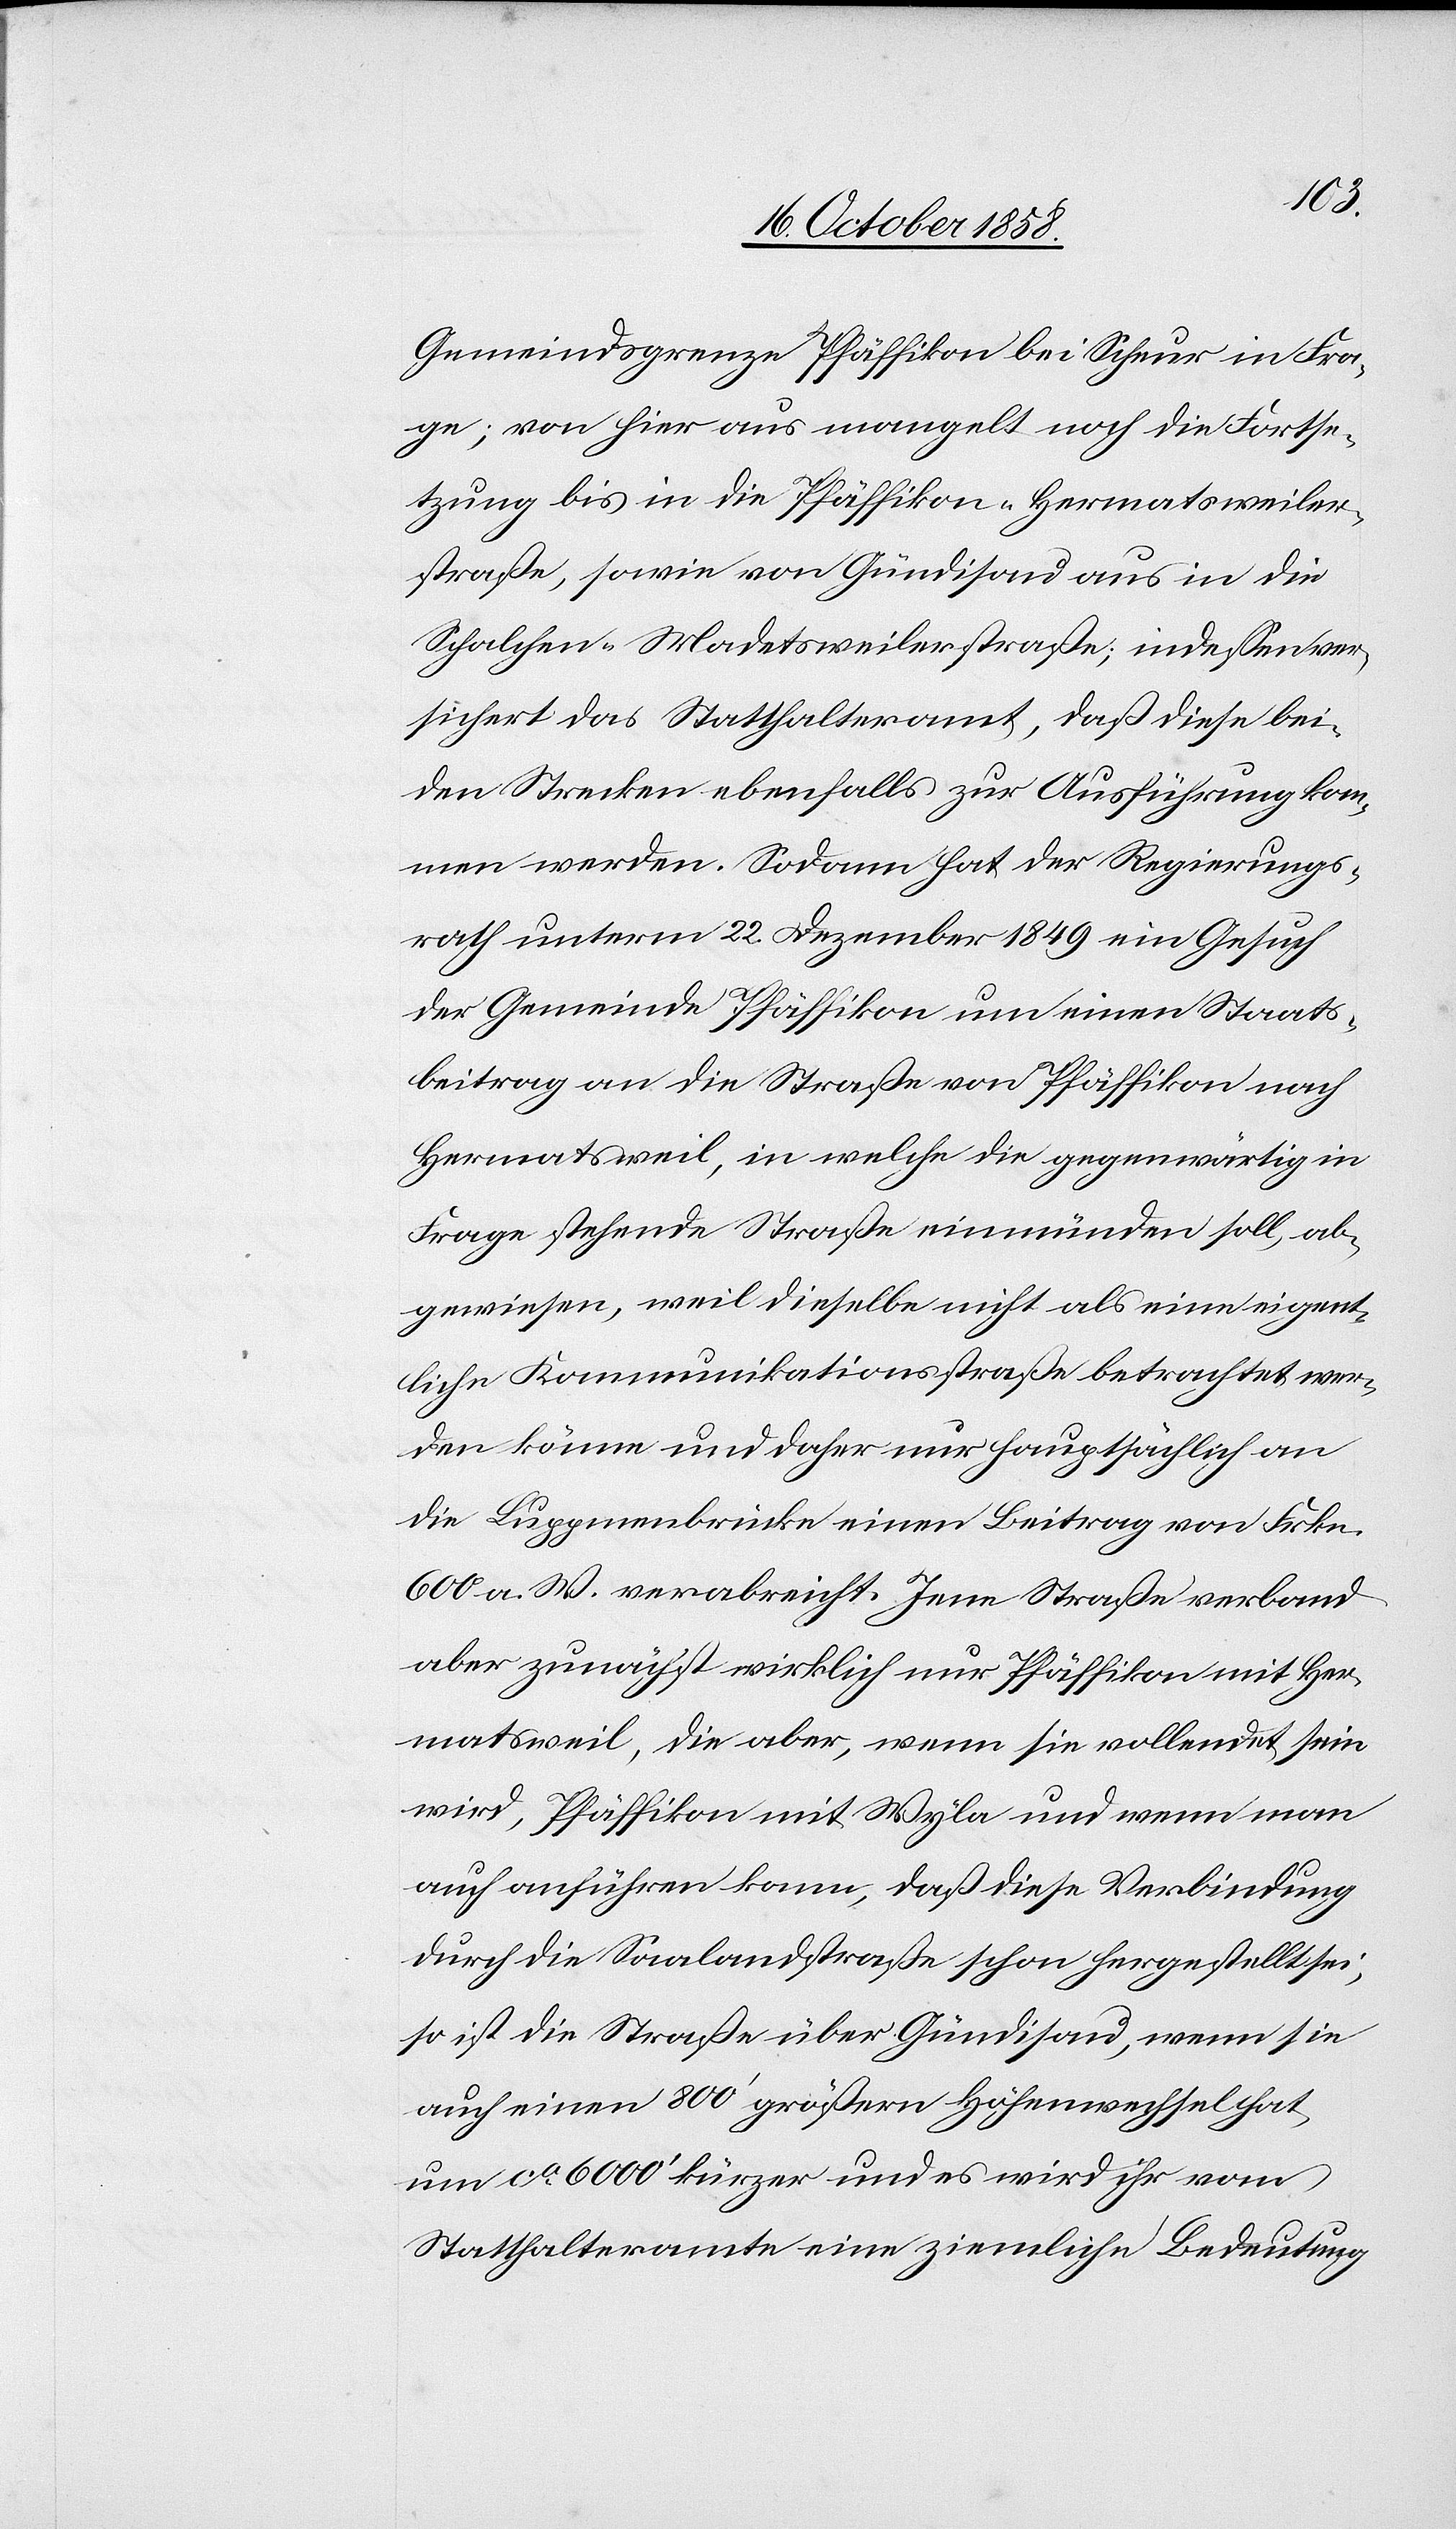
Gemeindsgrenze Pfäffikon bei Scheur in Fra¬
ge; von hier aus mangelt noch die Fortse¬
tzung bis in die Pfäffikon-Hermatsweiler¬
straße, sowie von Gündisau aus in die
Schalchen-Madetsweilerstraße; indessen ver¬
sichert das Statthalteramt, daß diese bei¬
den Strecken ebenfalls zur Ausführung kom¬
men werden. Sodann hat der Regierungs¬
rath unterm 22. Dezember 1849 ein Gesuch
der Gemeinde Pfäffikon um einen Staats¬
beitrag an die Straße von Pfäffikon nach
Hermatsweil, in welche die gegenwärtig in
Frage stehende Straße einmünden soll, ab¬
gewiesen, weil dieselbe nicht als eine eigent¬
liche Kommunikationsstraße betrachtet wer¬
den könne und daher nur hauptsächlich an
die Luppmenbrücke einen Beitrag von Frkn.
600 a. W. verabreicht. Jene Straße verband
aber zunächst wirklich nur Pfäffikon mit Her¬
matsweil, die aber, wenn sie vollendet sein
wird, Pfäffikon mit Wyla und wenn man
auch anführen kann, daß diese Verbindung
durch die Saalandstraße schon hergestellt sei,
so ist die Straße über Gündisau, wenn sie
auch einen 800‘ größern Höhenwechsel hat,
um ca. 6000‘ kürzer und es wird ihr vom
Statthalteramte eine ziemliche Bedeutung